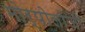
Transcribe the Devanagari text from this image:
मोर्पोलॉजी